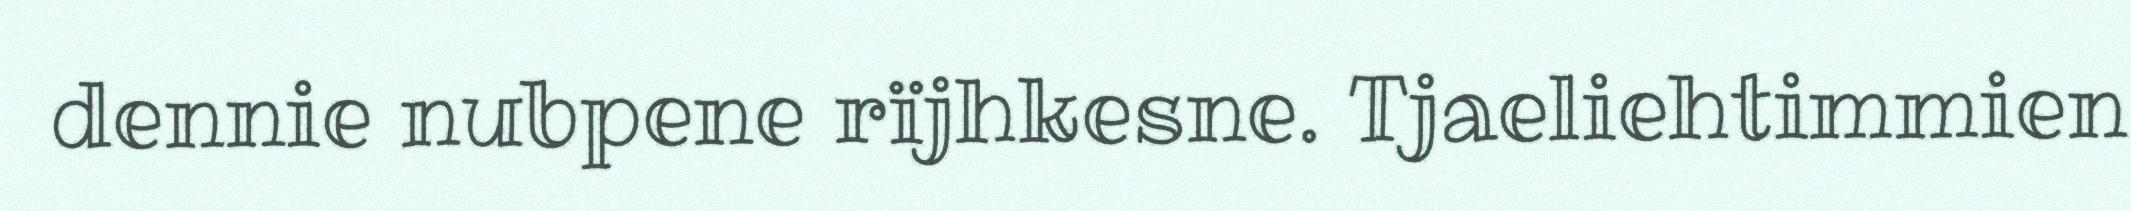
dennie nubpene rïjhkesne. Tjaeliehtimmien